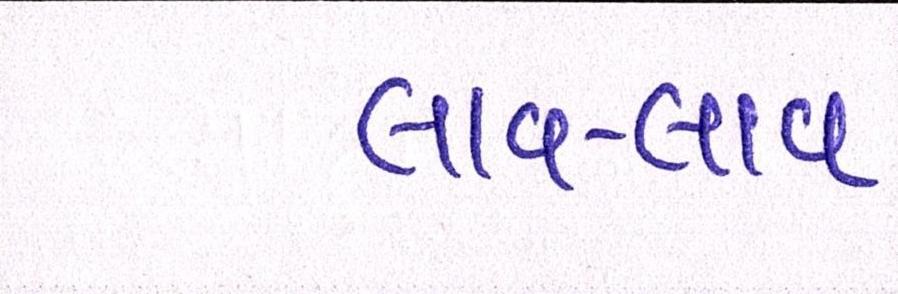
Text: લાવ-લાવ